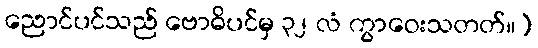
ညောင်ပင်သည် ဗောဓိပင်မှ ၃၂ လံ ကွာဝေးသတတ်။)